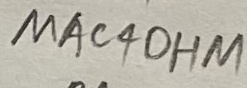
Text: MAC4OHM